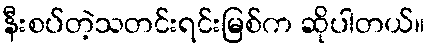
နီးစပ်တဲ့သတင်းရင်းမြစ်က ဆိုပါတယ်။